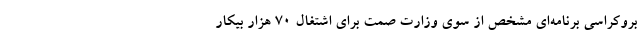
بروکراسی برنامه‌ای مشخص از سوی وزارت صمت برای اشتغال 70 هزار بیکار